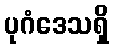
ပုဂံဒေသရှိ